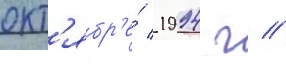
окт'ябр'е́ 1994 г //